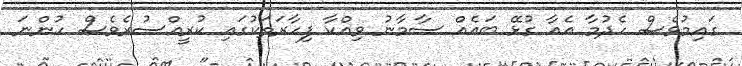
ގައިމުވެސް ހެދުމާ އެއާ ގުޅޭ ބައެއް ސާމާނު ވިއްކާ ފިހާރަތަކުގައި ކުރީއްސުރެވެސް ހުންނަ